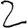
Digit: 2